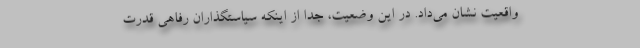
واقعیت نشان می‌داد. در این وضعیت، جدا از اینکه سیاستگذاران رفاهی قدرت